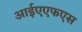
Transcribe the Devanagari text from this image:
आईएएफएस